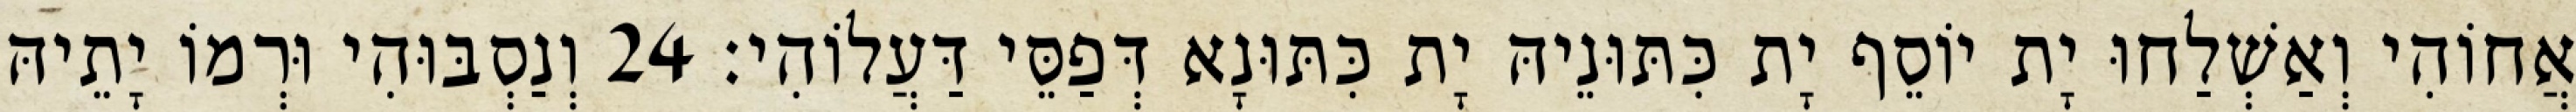
אֲחוֹהִי וְאַשְׁלַחוּ יָת יוֹסֵף יָת כִּתּוּנֵיהּ יָת כִּתּוּנָא דְּפַסֵּי דַּעֲלוֹהִי׃ 24 וְנַסְבּוּהִי וּרְמוֹ יָתֵיהּ